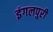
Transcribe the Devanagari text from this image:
इंगलपुरी